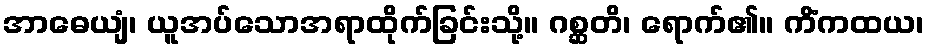
အာဓေယျံ၊ ယူအပ်သောအရာထိုက်ခြင်းသို့။ ဂစ္ဆတိ၊ ရောက်၏။ ကိံကထယ၊